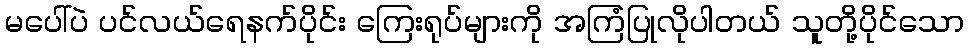
မပေါ်ပဲ ပင်လယ်ရေနက်ပိုင်း ကြေးရုပ်များကို အကြံပြုလိုပါတယ် သူတို့ပိုင်သော